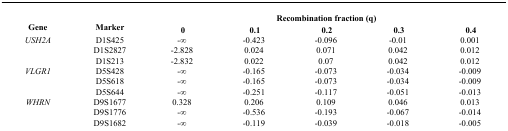
<table><thead><tr><td rowspan="2"><b>Gene</b></td><td rowspan="2"><b>Marker</b></td><td colspan="5"><b>Recombination fraction (q)</b></td></tr><tr><td><b>0</b></td><td><b>0.1</b></td><td><b>0.2</b></td><td><b>0.3</b></td><td><b>0.4</b></td></tr></thead><tbody><tr><td><i>USH2A</i></td><td>D1S425</td><td>-∞</td><td>-0.423</td><td>-0.096</td><td>-0.01</td><td>0.001</td></tr><tr><td></td><td>D1S2827</td><td>-2.828</td><td>0.024</td><td>0.071</td><td>0.042</td><td>0.012</td></tr><tr><td></td><td>D1S213</td><td>-2.832</td><td>0.022</td><td>0.07</td><td>0.042</td><td>0.012</td></tr><tr><td><i>VLGR1</i></td><td>D5S428</td><td>-∞</td><td>-0.165</td><td>-0.073</td><td>-0.034</td><td>-0.009</td></tr><tr><td></td><td>D5S618</td><td>-∞</td><td>-0.165</td><td>-0.073</td><td>-0.034</td><td>-0.009</td></tr><tr><td></td><td>D5S644</td><td>-∞</td><td>-0.251</td><td>-0.117</td><td>-0.051</td><td>-0.013</td></tr><tr><td><i>WHRN</i></td><td>D9S1677</td><td>0.328</td><td>0.206</td><td>0.109</td><td>0.046</td><td>0.013</td></tr><tr><td></td><td>D9S1776</td><td>-∞</td><td>-0.536</td><td>-0.193</td><td>-0.067</td><td>-0.014</td></tr><tr><td></td><td>D9S1682</td><td>-∞</td><td>-0.119</td><td>-0.039</td><td>-0.018</td><td>-0.005</td></tr></tbody></table>